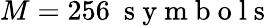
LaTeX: M=256~\mathrm{~s~y~m~b~o~l~s~}